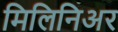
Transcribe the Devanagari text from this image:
मिलिनिअर